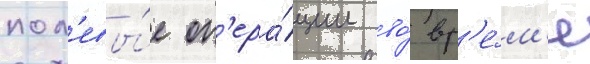
пол'евы́е оп'ера́ции во́ вр'е́м'я